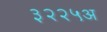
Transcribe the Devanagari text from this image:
३२२५अ